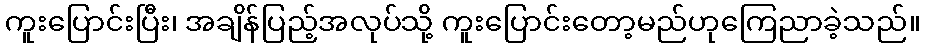
ကူးပြောင်းပြီး၊ အချိန်ပြည့်အလုပ်သို့ ကူးပြောင်းတော့မည်ဟုကြေညာခဲ့သည်။